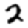
Digit: 2